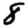
Digit: 8